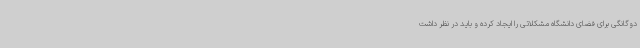
دوگانگی برای فضای دانشگاه مشکلاتی را ایجاد کرده و باید در نظر داشت